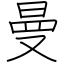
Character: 曼